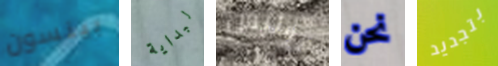
بينسون لبداية هوليس نحن بتجديد